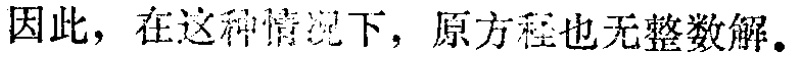
因此，在这种情况下，原方程也无整数解。